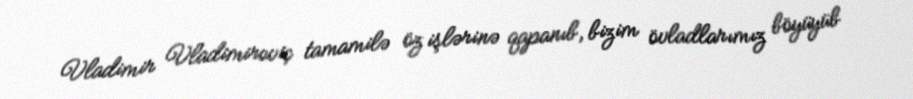
Vladimir Vladimiroviç tamamilə öz işlərinə qapanıb, bizim övladlarımız böyüyüb